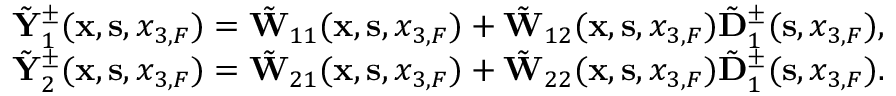
\begin{array} { r l r } & { } & { \tilde { \bf Y } _ { 1 } ^ { \pm } ( { { \bf x } } , { { \bf s } } , { x _ { 3 , F } } ) = \tilde { \bf W } _ { 1 1 } ( { { \bf x } } , { { \bf s } } , { x _ { 3 , F } } ) + \tilde { \bf W } _ { 1 2 } ( { { \bf x } } , { { \bf s } } , { x _ { 3 , F } } ) \tilde { \bf D } _ { 1 } ^ { \pm } ( { \bf s } , x _ { 3 , F } ) , } \\ & { } & { \tilde { \bf Y } _ { 2 } ^ { \pm } ( { { \bf x } } , { { \bf s } } , { x _ { 3 , F } } ) = \tilde { \bf W } _ { 2 1 } ( { { \bf x } } , { { \bf s } } , { x _ { 3 , F } } ) + \tilde { \bf W } _ { 2 2 } ( { { \bf x } } , { { \bf s } } , { x _ { 3 , F } } ) \tilde { \bf D } _ { 1 } ^ { \pm } ( { \bf s } , x _ { 3 , F } ) . } \end{array}